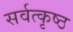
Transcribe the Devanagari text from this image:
सर्वत्कृष्ठ